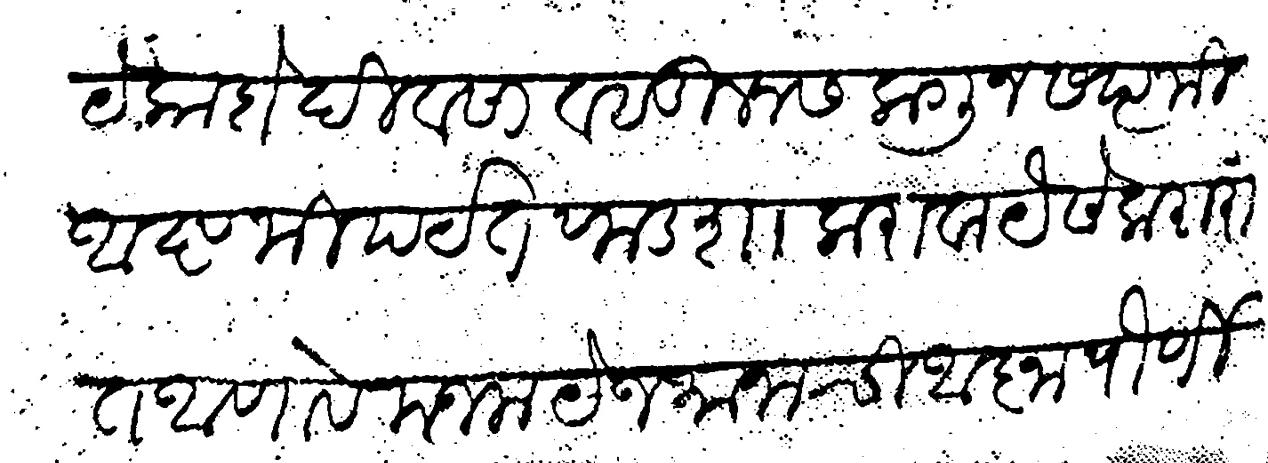
Transliteration (Devanagari): येकादो दिवसा वसुलास लागून सप्तमी अष्टमी पर्यंत फडशा करावा येसे करारात आणावे मजला येजमानाची आज्ञा पौर्णिमे